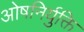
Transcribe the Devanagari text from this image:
ओषनिर्युक्ति